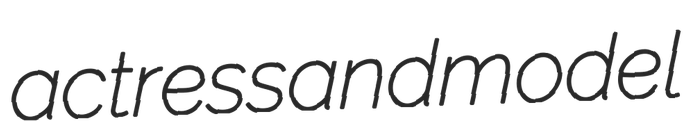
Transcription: actress and model